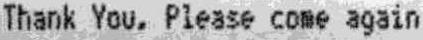
THANK YOU. PLEASE COME AGAIN